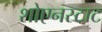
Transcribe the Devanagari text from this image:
शोएनस्टाट